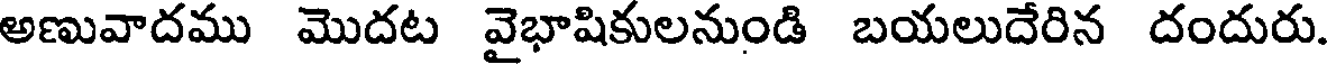
అణువాదము మొదట వైభాషికులనుండి బయలుదేరిన దందురు.